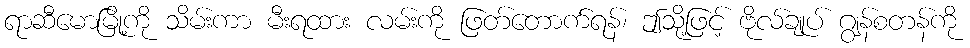
ရာဆီမောမြို့ကို သိမ်းကာ မီးရထား လမ်းကို ဖြတ်တောက်ရန်၊ ဤသို့ဖြင့် ဗိုလ်ချုပ် ဂျွန်စတန်ကို